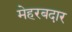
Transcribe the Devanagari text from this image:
मेहरबदार